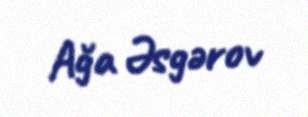
Ağa Əsgərov